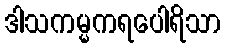
ဒါသကမ္မကရပေါရိသာ